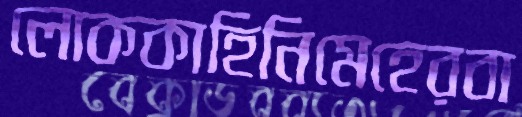
লোককাহিনিমেহেরবা